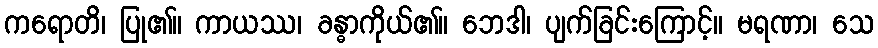
ကရောတိ၊ ပြု၏။ ကာယဿ၊ ခန္ဓာကိုယ်၏။ ဘေဒါ၊ ပျက်ခြင်းကြောင့်။ မရဏာ၊ သေ